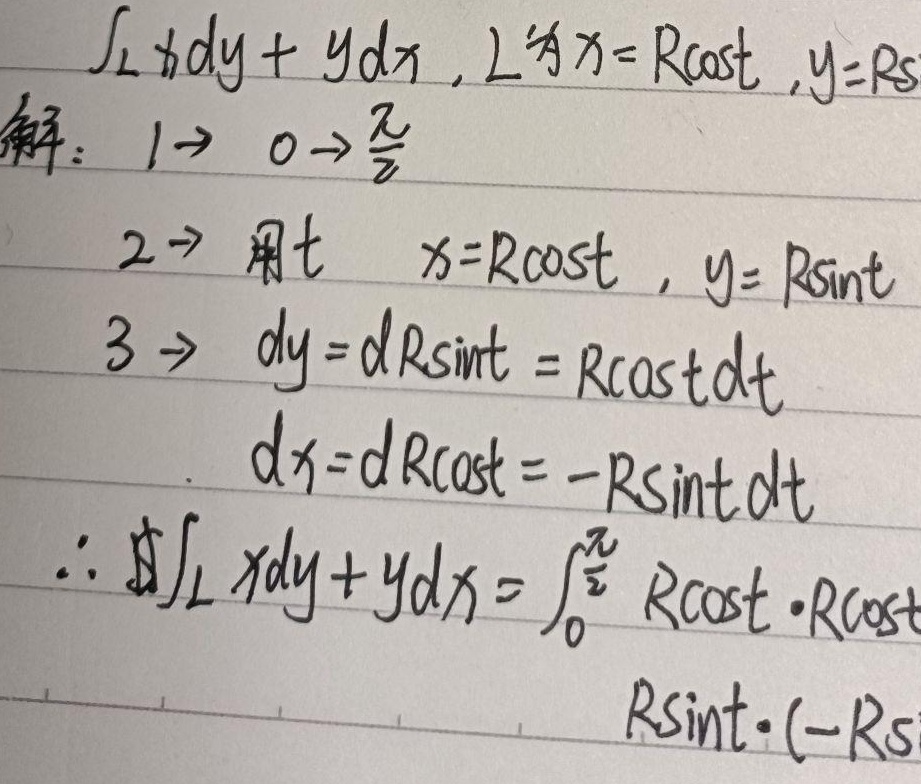
\[
\begin{align*}
&\text{计算}\int_{L}x\mathrm{d}y + y\mathrm{d}x,\text{ 其中 }L\text{ 为 }x = R\cos t,y = R\sin t\\
\text{解：}&1\to0\to\frac{\pi}{2}\\
&2\to\text{用 }t\text{ 替换，即 }x = R\cos t,y = R\sin t\\
&3\to\mathrm{d}y = \mathrm{d}(R\sin t)=R\cos t\mathrm{d}t\\
&\mathrm{d}x = \mathrm{d}(R\cos t)=-R\sin t\mathrm{d}t\\
&\therefore\int_{L}x\mathrm{d}y + y\mathrm{d}x=\int_{0}^{\frac{\pi}{2}}R\cos t\cdot R\cos t\mathrm{d}t+R\sin t\cdot(-R\sin t)\mathrm{d}t
\end{align*}
\]